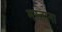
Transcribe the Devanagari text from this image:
मस्‍ताना